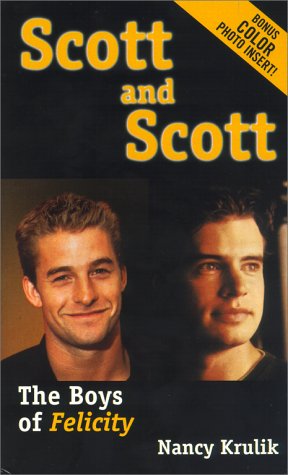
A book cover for Scott and Scott: The Boys of Felicity; Nancy Krulik; Teen & Young Adult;